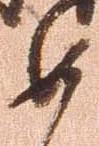
如